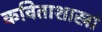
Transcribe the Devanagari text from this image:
कविताशाखां